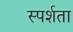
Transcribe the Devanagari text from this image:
स्पर्शता